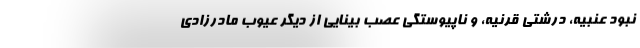
نبود عنبیه، درشتی قرنیه، و ناپیوستگی عصب بینایی از دیگر عیوب مادرزادی